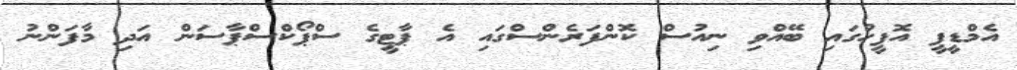
އެމްޑީޕީ އޮފީހުގައި ބޭއްވި ނިއުސް ކޮންފަރެންސްގައި އެ ޕާޓީގެ ސްޕޯކްސްޕާސަން އަދި މާފަންނު